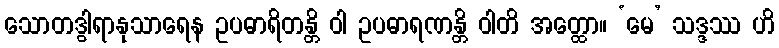
သောတဒွါရာနုသာရေန ဥပဓာရိတန္တိ ဝါ ဥပဓာရဏန္တိ ဝါတိ အတ္ထော။ ‘မေ’ သဒ္ဒဿ ဟိ